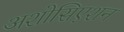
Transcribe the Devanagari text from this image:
अशोसिएशन